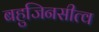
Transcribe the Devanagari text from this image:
बहुजिनसीत्व